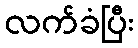
လက်ခံပြီး